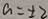
a = \pm 2